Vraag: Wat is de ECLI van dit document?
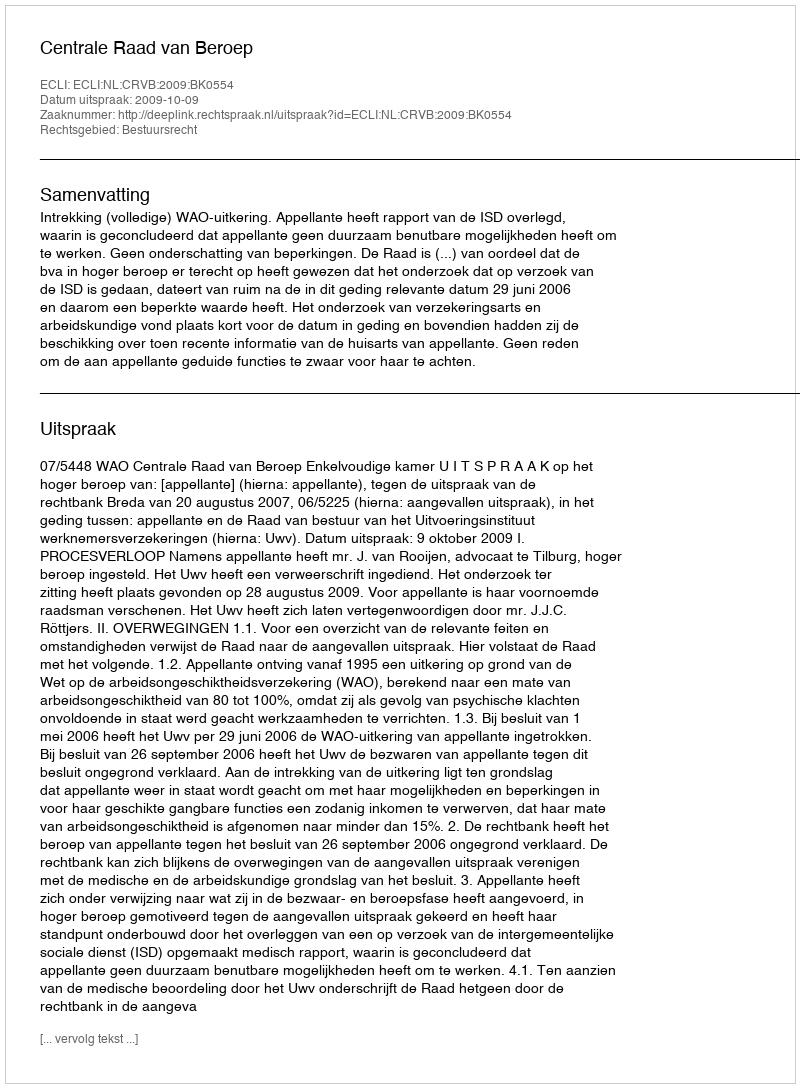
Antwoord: ECLI:NL:CRVB:2009:BK0554